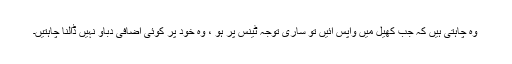
وہ چاہتی ہیں کہ جب کھیل میں واپس آئیں تو ساری توجہ ٹینس پر ہو ، وہ خود پر کوئی اضافی دباؤ نہیں ڈالنا چاہتیں۔